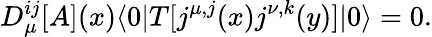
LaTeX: D_{\mu}^{ij}[A](x)\langle 0|T[j^{\mu,j}(x)j^{\nu,k}(y)]|0\rangle=0.